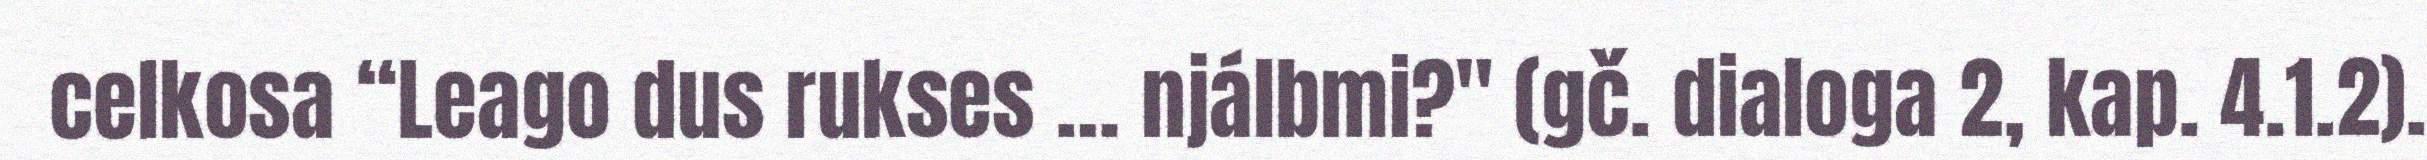
celkosa “Leago dus rukses … njálbmi?" (gč. dialoga 2, kap. 4.1.2).